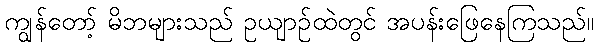
ကျွန်တော့် မိဘများသည် ဥယျာဉ်ထဲတွင် အပန်းဖြေနေကြသည်။